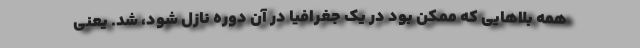
همه بلاهایی که ممکن بود در یک جغرافیا در آن دوره نازل شود، شد. یعنی